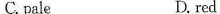
C.pmle D. red